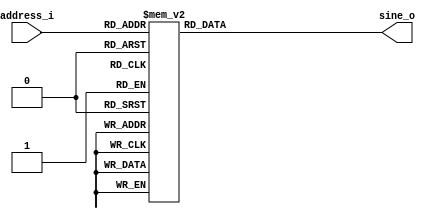
module sine_lut (/*AUTOARG*/
   // Outputs
   sine_o,
   // Inputs
   address_i
   ) ;
   input wire [7:0] address_i;
   output reg [7:0] sine_o;

   always @ (*) begin
      case (address_i)
         8'b00000000: sine_o = 8'b10000000;
		     8'b00000001: sine_o = 8'b10000011;
		     8'b00000010: sine_o = 8'b10000110;
		     8'b00000011: sine_o = 8'b10001001;
		     8'b00000100: sine_o = 8'b10001101;
		     8'b00000101: sine_o = 8'b10010000;
		     8'b00000110: sine_o = 8'b10010011;
		     8'b00000111: sine_o = 8'b10010110;
		     8'b00001000: sine_o = 8'b10011001;
		     8'b00001001: sine_o = 8'b10011100;
		     8'b00001010: sine_o = 8'b10011111;
		     8'b00001011: sine_o = 8'b10100010;
		     8'b00001100: sine_o = 8'b10100101;
		     8'b00001101: sine_o = 8'b10101000;
		     8'b00001110: sine_o = 8'b10101011;
		     8'b00001111: sine_o = 8'b10101110;
		     8'b00010000: sine_o = 8'b10110001;
		     8'b00010001: sine_o = 8'b10110100;
		     8'b00010010: sine_o = 8'b10110111;
		     8'b00010011: sine_o = 8'b10111010;
		     8'b00010100: sine_o = 8'b10111100;
		     8'b00010101: sine_o = 8'b10111111;
		     8'b00010110: sine_o = 8'b11000010;
		     8'b00010111: sine_o = 8'b11000100;
		     8'b00011000: sine_o = 8'b11000111;
		     8'b00011001: sine_o = 8'b11001010;
		     8'b00011010: sine_o = 8'b11001100;
		     8'b00011011: sine_o = 8'b11001111;
		     8'b00011100: sine_o = 8'b11010001;
		     8'b00011101: sine_o = 8'b11010100;
		     8'b00011110: sine_o = 8'b11010110;
		     8'b00011111: sine_o = 8'b11011000;
		     8'b00100000: sine_o = 8'b11011011;
		     8'b00100001: sine_o = 8'b11011101;
		     8'b00100010: sine_o = 8'b11011111;
		     8'b00100011: sine_o = 8'b11100001;
		     8'b00100100: sine_o = 8'b11100011;
		     8'b00100101: sine_o = 8'b11100101;
		     8'b00100110: sine_o = 8'b11100111;
		     8'b00100111: sine_o = 8'b11101001;
		     8'b00101000: sine_o = 8'b11101010;
		     8'b00101001: sine_o = 8'b11101100;
		     8'b00101010: sine_o = 8'b11101110;
		     8'b00101011: sine_o = 8'b11101111;
		     8'b00101100: sine_o = 8'b11110001;
		     8'b00101101: sine_o = 8'b11110010;
		     8'b00101110: sine_o = 8'b11110100;
		     8'b00101111: sine_o = 8'b11110101;
		     8'b00110000: sine_o = 8'b11110110;
		     8'b00110001: sine_o = 8'b11110111;
		     8'b00110010: sine_o = 8'b11111001;
		     8'b00110011: sine_o = 8'b11111010;
		     8'b00110100: sine_o = 8'b11111010;
		     8'b00110101: sine_o = 8'b11111011;
		     8'b00110110: sine_o = 8'b11111100;
		     8'b00110111: sine_o = 8'b11111101;
		     8'b00111000: sine_o = 8'b11111110;
		     8'b00111001: sine_o = 8'b11111110;
		     8'b00111010: sine_o = 8'b11111111;
		     8'b00111011: sine_o = 8'b11111111;
		     8'b00111100: sine_o = 8'b11111111;
		     8'b00111101: sine_o = 8'b11111111;
		     8'b00111110: sine_o = 8'b11111111;
		     8'b00111111: sine_o = 8'b11111111;
		     8'b01000000: sine_o = 8'b11111111;
		     8'b01000001: sine_o = 8'b11111111;
		     8'b01000010: sine_o = 8'b11111111;
		     8'b01000011: sine_o = 8'b11111111;
		     8'b01000100: sine_o = 8'b11111111;
		     8'b01000101: sine_o = 8'b11111111;
		     8'b01000110: sine_o = 8'b11111111;
		     8'b01000111: sine_o = 8'b11111110;
		     8'b01001000: sine_o = 8'b11111110;
		     8'b01001001: sine_o = 8'b11111101;
		     8'b01001010: sine_o = 8'b11111100;
		     8'b01001011: sine_o = 8'b11111011;
		     8'b01001100: sine_o = 8'b11111010;
		     8'b01001101: sine_o = 8'b11111010;
		     8'b01001110: sine_o = 8'b11111001;
		     8'b01001111: sine_o = 8'b11110111;
		     8'b01010000: sine_o = 8'b11110110;
		     8'b01010001: sine_o = 8'b11110101;
		     8'b01010010: sine_o = 8'b11110100;
		     8'b01010011: sine_o = 8'b11110010;
		     8'b01010100: sine_o = 8'b11110001;
		     8'b01010101: sine_o = 8'b11101111;
		     8'b01010110: sine_o = 8'b11101110;
		     8'b01010111: sine_o = 8'b11101100;
		     8'b01011000: sine_o = 8'b11101010;
		     8'b01011001: sine_o = 8'b11101001;
		     8'b01011010: sine_o = 8'b11100111;
		     8'b01011011: sine_o = 8'b11100101;
		     8'b01011100: sine_o = 8'b11100011;
		     8'b01011101: sine_o = 8'b11100001;
		     8'b01011110: sine_o = 8'b11011111;
		     8'b01011111: sine_o = 8'b11011101;
		     8'b01100000: sine_o = 8'b11011011;
		     8'b01100001: sine_o = 8'b11011000;
		     8'b01100010: sine_o = 8'b11010110;
		     8'b01100011: sine_o = 8'b11010100;
		     8'b01100100: sine_o = 8'b11010001;
		     8'b01100101: sine_o = 8'b11001111;
		     8'b01100110: sine_o = 8'b11001100;
		     8'b01100111: sine_o = 8'b11001010;
		     8'b01101000: sine_o = 8'b11000111;
		     8'b01101001: sine_o = 8'b11000100;
		     8'b01101010: sine_o = 8'b11000010;
		     8'b01101011: sine_o = 8'b10111111;
		     8'b01101100: sine_o = 8'b10111100;
		     8'b01101101: sine_o = 8'b10111010;
		     8'b01101110: sine_o = 8'b10110111;
		     8'b01101111: sine_o = 8'b10110100;
		     8'b01110000: sine_o = 8'b10110001;
		     8'b01110001: sine_o = 8'b10101110;
		     8'b01110010: sine_o = 8'b10101011;
		     8'b01110011: sine_o = 8'b10101000;
		     8'b01110100: sine_o = 8'b10100101;
		     8'b01110101: sine_o = 8'b10100010;
		     8'b01110110: sine_o = 8'b10011111;
		     8'b01110111: sine_o = 8'b10011100;
		     8'b01111000: sine_o = 8'b10011001;
		     8'b01111001: sine_o = 8'b10010110;
		     8'b01111010: sine_o = 8'b10010011;
		     8'b01111011: sine_o = 8'b10010000;
		     8'b01111100: sine_o = 8'b10001101;
		     8'b01111101: sine_o = 8'b10001001;
		     8'b01111110: sine_o = 8'b10000110;
		     8'b01111111: sine_o = 8'b10000011;
		     8'b10000000: sine_o = 8'b10000000;
		     8'b10000001: sine_o = 8'b01111101;
		     8'b10000010: sine_o = 8'b01111010;
		     8'b10000011: sine_o = 8'b01110111;
		     8'b10000100: sine_o = 8'b01110011;
		     8'b10000101: sine_o = 8'b01110000;
		     8'b10000110: sine_o = 8'b01101101;
		     8'b10000111: sine_o = 8'b01101010;
		     8'b10001000: sine_o = 8'b01100111;
		     8'b10001001: sine_o = 8'b01100100;
		     8'b10001010: sine_o = 8'b01100001;
		     8'b10001011: sine_o = 8'b01011110;
		     8'b10001100: sine_o = 8'b01011011;
		     8'b10001101: sine_o = 8'b01011000;
		     8'b10001110: sine_o = 8'b01010101;
		     8'b10001111: sine_o = 8'b01010010;
		     8'b10010000: sine_o = 8'b01001111;
		     8'b10010001: sine_o = 8'b01001100;
		     8'b10010010: sine_o = 8'b01001001;
		     8'b10010011: sine_o = 8'b01000110;
		     8'b10010100: sine_o = 8'b01000100;
		     8'b10010101: sine_o = 8'b01000001;
		     8'b10010110: sine_o = 8'b00111110;
		     8'b10010111: sine_o = 8'b00111100;
		     8'b10011000: sine_o = 8'b00111001;
		     8'b10011001: sine_o = 8'b00110110;
		     8'b10011010: sine_o = 8'b00110100;
		     8'b10011011: sine_o = 8'b00110001;
		     8'b10011100: sine_o = 8'b00101111;
		     8'b10011101: sine_o = 8'b00101100;
		     8'b10011110: sine_o = 8'b00101010;
		     8'b10011111: sine_o = 8'b00101000;
		     8'b10100000: sine_o = 8'b00100101;
		     8'b10100001: sine_o = 8'b00100011;
		     8'b10100010: sine_o = 8'b00100001;
		     8'b10100011: sine_o = 8'b00011111;
		     8'b10100100: sine_o = 8'b00011101;
		     8'b10100101: sine_o = 8'b00011011;
		     8'b10100110: sine_o = 8'b00011001;
		     8'b10100111: sine_o = 8'b00010111;
		     8'b10101000: sine_o = 8'b00010110;
		     8'b10101001: sine_o = 8'b00010100;
		     8'b10101010: sine_o = 8'b00010010;
		     8'b10101011: sine_o = 8'b00010001;
		     8'b10101100: sine_o = 8'b00001111;
		     8'b10101101: sine_o = 8'b00001110;
		     8'b10101110: sine_o = 8'b00001100;
		     8'b10101111: sine_o = 8'b00001011;
		     8'b10110000: sine_o = 8'b00001010;
		     8'b10110001: sine_o = 8'b00001001;
		     8'b10110010: sine_o = 8'b00000111;
		     8'b10110011: sine_o = 8'b00000110;
		     8'b10110100: sine_o = 8'b00000110;
		     8'b10110101: sine_o = 8'b00000101;
		     8'b10110110: sine_o = 8'b00000100;
		     8'b10110111: sine_o = 8'b00000011;
		     8'b10111000: sine_o = 8'b00000010;
		     8'b10111001: sine_o = 8'b00000010;
		     8'b10111010: sine_o = 8'b00000001;
		     8'b10111011: sine_o = 8'b00000001;
		     8'b10111100: sine_o = 8'b00000001;
		     8'b10111101: sine_o = 8'b00000000;
		     8'b10111110: sine_o = 8'b00000000;
		     8'b10111111: sine_o = 8'b00000000;
		     8'b11000000: sine_o = 8'b00000000;
		     8'b11000001: sine_o = 8'b00000000;
		     8'b11000010: sine_o = 8'b00000000;
		     8'b11000011: sine_o = 8'b00000000;
		     8'b11000100: sine_o = 8'b00000001;
		     8'b11000101: sine_o = 8'b00000001;
		     8'b11000110: sine_o = 8'b00000001;
		     8'b11000111: sine_o = 8'b00000010;
		     8'b11001000: sine_o = 8'b00000010;
		     8'b11001001: sine_o = 8'b00000011;
		     8'b11001010: sine_o = 8'b00000100;
		     8'b11001011: sine_o = 8'b00000101;
		     8'b11001100: sine_o = 8'b00000110;
		     8'b11001101: sine_o = 8'b00000110;
		     8'b11001110: sine_o = 8'b00000111;
		     8'b11001111: sine_o = 8'b00001001;
		     8'b11010000: sine_o = 8'b00001010;
		     8'b11010001: sine_o = 8'b00001011;
		     8'b11010010: sine_o = 8'b00001100;
		     8'b11010011: sine_o = 8'b00001110;
		     8'b11010100: sine_o = 8'b00001111;
		     8'b11010101: sine_o = 8'b00010001;
		     8'b11010110: sine_o = 8'b00010010;
		     8'b11010111: sine_o = 8'b00010100;
		     8'b11011000: sine_o = 8'b00010110;
		     8'b11011001: sine_o = 8'b00010111;
		     8'b11011010: sine_o = 8'b00011001;
		     8'b11011011: sine_o = 8'b00011011;
		     8'b11011100: sine_o = 8'b00011101;
		     8'b11011101: sine_o = 8'b00011111;
		     8'b11011110: sine_o = 8'b00100001;
		     8'b11011111: sine_o = 8'b00100011;
		     8'b11100000: sine_o = 8'b00100101;
		     8'b11100001: sine_o = 8'b00101000;
		     8'b11100010: sine_o = 8'b00101010;
		     8'b11100011: sine_o = 8'b00101100;
		     8'b11100100: sine_o = 8'b00101111;
		     8'b11100101: sine_o = 8'b00110001;
		     8'b11100110: sine_o = 8'b00110100;
		     8'b11100111: sine_o = 8'b00110110;
		     8'b11101000: sine_o = 8'b00111001;
		     8'b11101001: sine_o = 8'b00111100;
		     8'b11101010: sine_o = 8'b00111110;
		     8'b11101011: sine_o = 8'b01000001;
		     8'b11101100: sine_o = 8'b01000100;
		     8'b11101101: sine_o = 8'b01000110;
		     8'b11101110: sine_o = 8'b01001001;
		     8'b11101111: sine_o = 8'b01001100;
		     8'b11110000: sine_o = 8'b01001111;
		     8'b11110001: sine_o = 8'b01010010;
		     8'b11110010: sine_o = 8'b01010101;
		     8'b11110011: sine_o = 8'b01011000;
		     8'b11110100: sine_o = 8'b01011011;
		     8'b11110101: sine_o = 8'b01011110;
		     8'b11110110: sine_o = 8'b01100001;
		     8'b11110111: sine_o = 8'b01100100;
		     8'b11111000: sine_o = 8'b01100111;
		     8'b11111001: sine_o = 8'b01101010;
		     8'b11111010: sine_o = 8'b01101101;
		     8'b11111011: sine_o = 8'b01110000;
		     8'b11111100: sine_o = 8'b01110011;
		     8'b11111101: sine_o = 8'b01110111;
		     8'b11111110: sine_o = 8'b01111010;
		     8'b11111111: sine_o = 8'b01111101;
      endcase
   end
endmodule // sine_lut